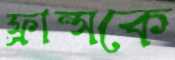
ফ্রান্সকে